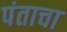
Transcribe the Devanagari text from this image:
पंताचा